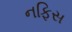
નફિસ